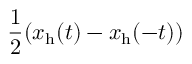
\frac { 1 } { 2 } ( x _ { \mathrm { h } } ( t ) - x _ { \mathrm { h } } ( - t ) )